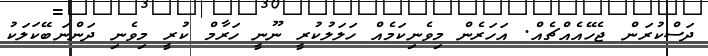
ދަސްކުރަން ޖެހޭއެއްޗެއް. އަހަރެން މިވެނިކަމެއް ހަލަލުކުރީ ނޫނީ ހަރާމް ކުރީ މިވެނި ދަންނަބޭކަލަކު